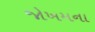
જોખમના